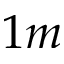
1 m